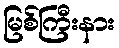
မြစ်ကြီးနား